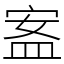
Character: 䀂